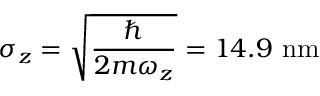
\sigma _ { z } = \sqrt { \frac { \hbar } { 2 m \omega _ { z } } } = 1 4 . 9 ~ \mathrm { { n m } }